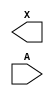
module sky130_fd_sc_lp__dlybuf4s25kapwr (
    X,
    A
);

    output X;
    input  A;

    // Voltage supply signals
    supply1 VPWR ;
    supply0 VGND ;
    supply1 KAPWR;
    supply1 VPB  ;
    supply0 VNB  ;

endmodule